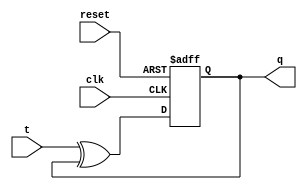
module t_flipflop(t, clk, reset, q);
input t, clk, reset;
output q;
reg q;

always@(posedge clk or posedge reset)
	if(reset)
 		q <= 1'b0;
	else	
		q <= t^q;

endmodule